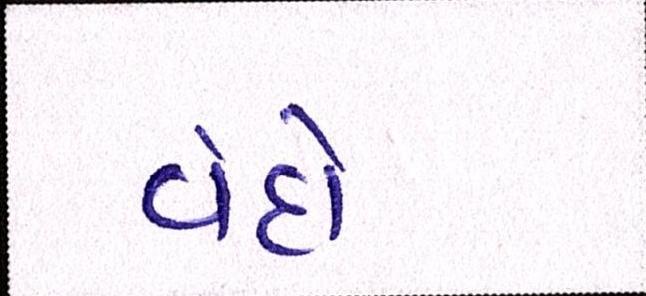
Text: વંદો